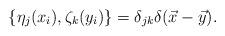
LaTeX: \begin{align*}\{\eta_j(x_i),\zeta_k(y_i)\}=\delta_{jk}\delta (\vec x-\vec y).\end{align*}